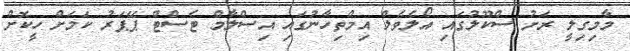
މާމިގިލީ ރަށު ސްކޫލުގައި އޯލެވެލް އިމްތިހާނުގައި އިސްލާމް ޓެސްޓް ޕޭޕަރު ކަމަށް ހީކޮށް